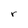
Character: r